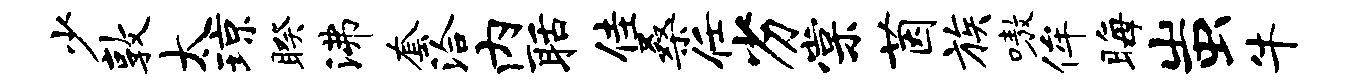
少敦太琼睽沸套洽内聒佳桑任劣棠茵族嗷侔晦蚩牛